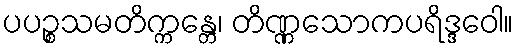
ပပဉ္စသမတိက္ကန္တေ၊ တိဏ္ဏသောကပရိဒ္ဒဝေါ။